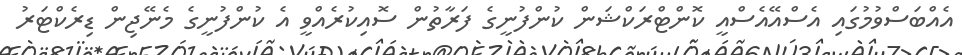
އެއްބަސްވުމުގައި އެސްއޭއެސްއީ ކޮންޓްރަކްޝަން ކުންފުނީގެ ފަރާތުން ސޮއިކުރެއްވީ އެ ކުންފުނީގެ މެނޭޖިން ޑިރެކްޓަރު